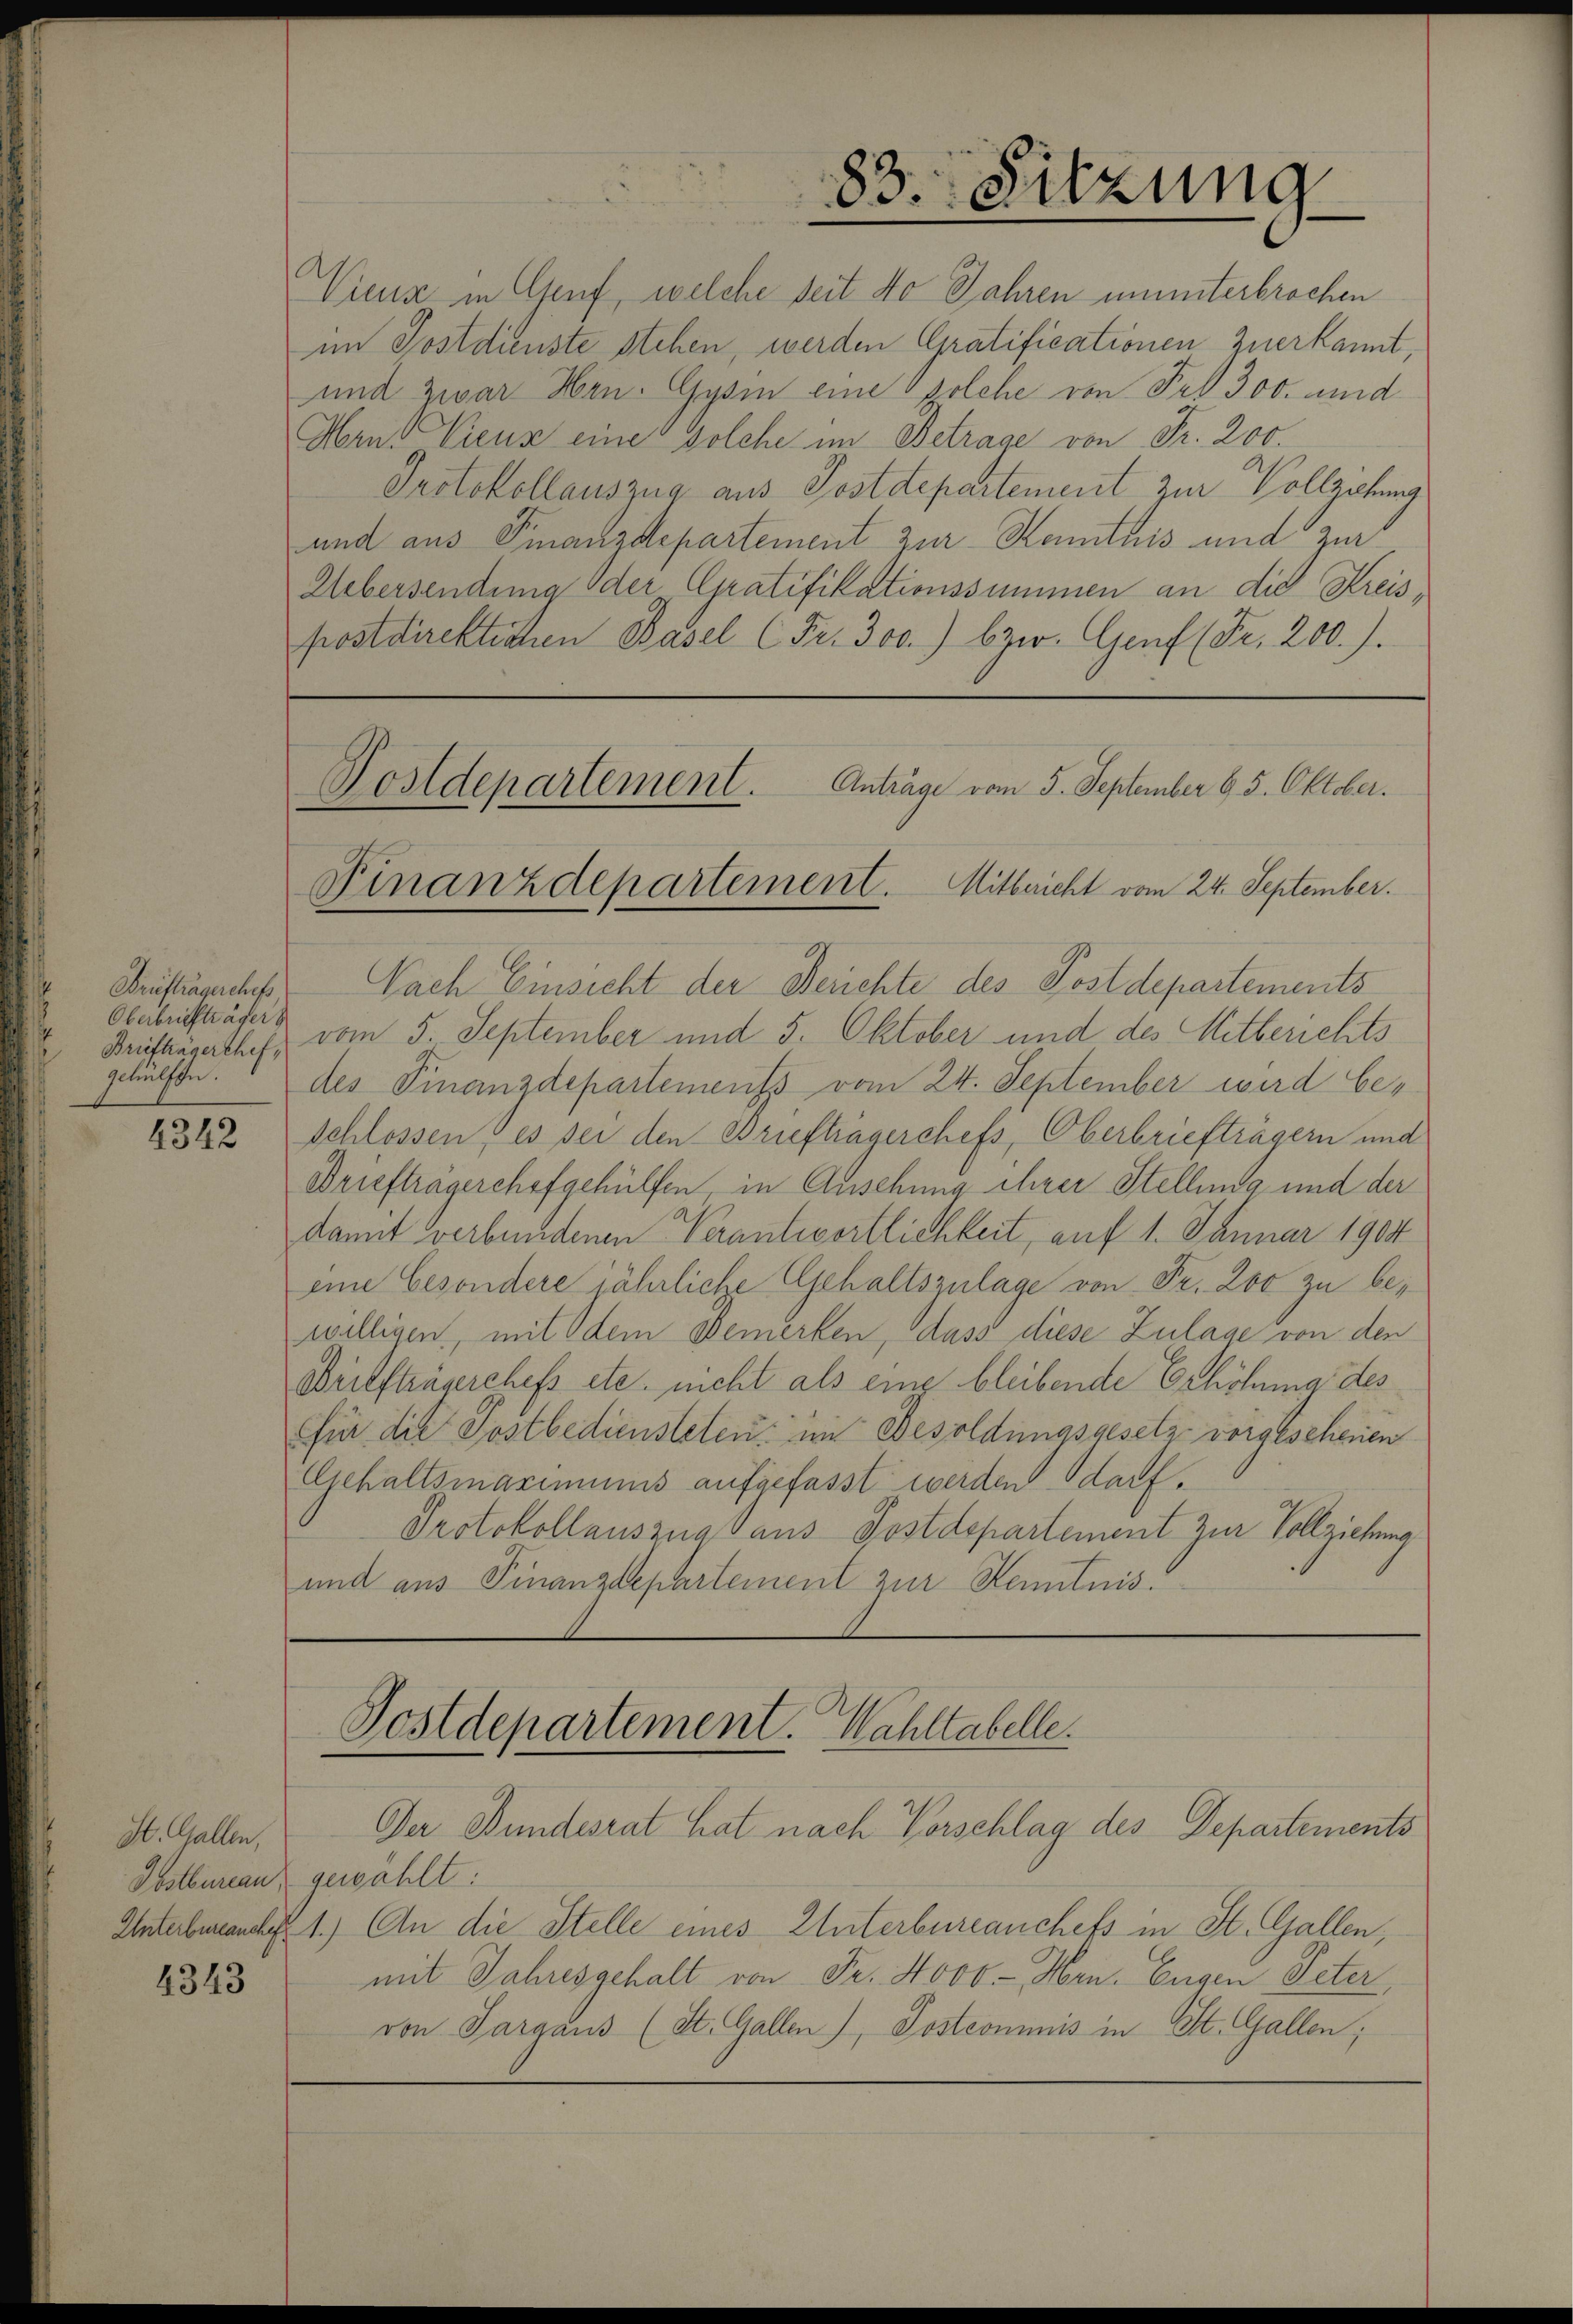
Briefträgerchefs,
Oberbriefträger
gehülfen.

4342

St. Gallen,
4343

Wiens in Genf, welche seit No Jahren ununterbrochen
im Postdienste stehen, werden Gratificationen zuerkannt,
und zwar Hrn. Gysin eine solche von Fr. 300. und
Hern Vieus eine solche im Betrage von Fr. 200.
Protokollauszug aus Postdepartement zur Vollzohung
und aus Finanzdepartement zur Kenntnis und zur
Uebersendung der Gratifikationssummen an die Kreispostdirektichen Basel (Fr. 300.) bzw. Genf (Fr. 200.).
Nach Einsicht der Berichte des Postdepartements
Briefträgerthef, vom 5. September und 5. Oktober und des Mitberichts
des Finanzdepartements vom 24. September wird be¬
Schlossen & es sei den Brieftragerchefs, Oberbriefträgern und
Driefträgerchofgehülfen, in Ansehung ihrer Stellung und der
damit verbundenen Verantwortlichkeit, auf 1. Januar 1904
eine besondere jährliche Gehaltszulage von Fr. Loo zu bewilligen, mit dem Bemerken, dass diese Zulage von den
sbriefträgerchefs etc. nicht als eine bleibende Erhöhung des
sfür die Postbediensteten im Besoldungsgesetz vorgesehenen
Gehaltsmaximums aufgefasst werden darf.
Protokollauszug aus Postdepartement zur Vollziehung
und aus Finanzdepartement zur Kenntnis¬
Postdepartement. Wahltabelle.
Der Bundesrat hat nach Vorschlag des Departements
Obstbureau, gewählt:
Unterbrancke 1.) An die Stelle eines Unterbureauchets in St. Gallen,
mit Jahresgehalt von Fr. Novb.- Hrn. Eugen Peter,
von Sargaus (St. Gallen), Postcommis in St. Gallen;

83. Sitzung

Postdepartement. Anträge vom 5. September 6. 5. Oktober.
Finanzdepartement. Mitbericht vom 24. September.